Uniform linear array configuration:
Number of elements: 8
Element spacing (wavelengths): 0.75
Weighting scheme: kaiser
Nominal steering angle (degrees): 45
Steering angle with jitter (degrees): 44.264
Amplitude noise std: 0.05
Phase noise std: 0.05

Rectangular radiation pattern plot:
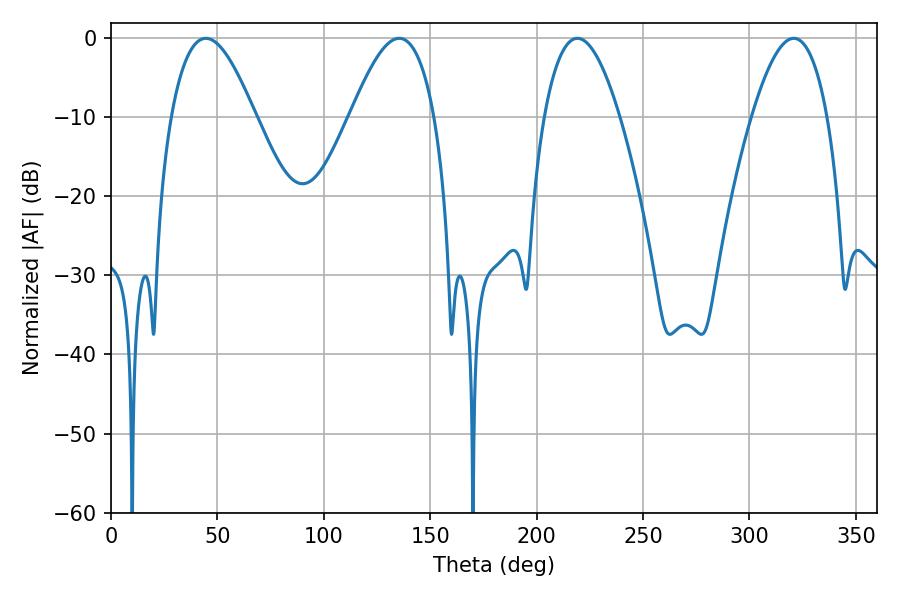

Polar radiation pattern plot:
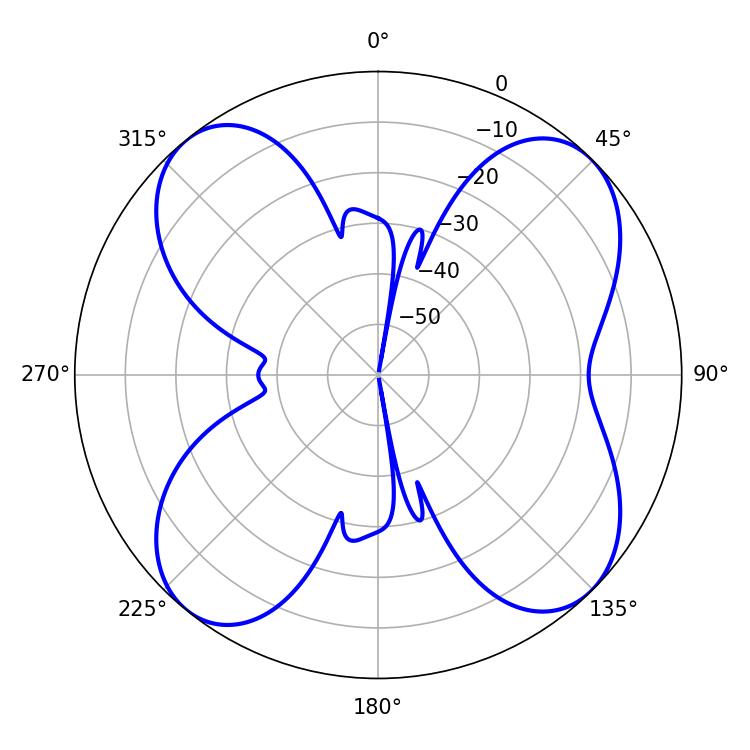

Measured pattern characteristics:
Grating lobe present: TRUE
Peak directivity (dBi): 12.055
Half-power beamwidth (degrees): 21.42
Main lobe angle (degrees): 44.64